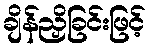
ချိန်ညှိခြင်းဖြင့်